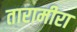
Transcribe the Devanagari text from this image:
तारामीरा